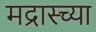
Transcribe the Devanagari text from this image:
मद्रास्च्या